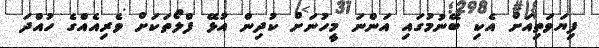
ފިޔަވަތިއަށް އެކި ބޭނުމުގައި އަންނަ މީހުނަށް ކުދިން އުޅޭ ފްލޯތަކަށް ވެރިއެއްގެ ހުއްދަ